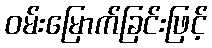
ဝမ်းမြောက်ခြင်းဖြင့်